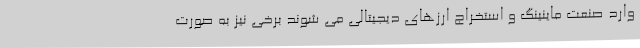
وارد صنعت ماینینگ و استخراج ارزهای دیجیتالی می شوند برخی نیز به صورت